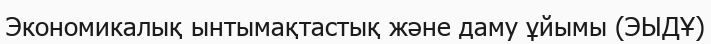
Экономикалық ынтымақтастық және даму ұйымы (ЭЫДҰ)